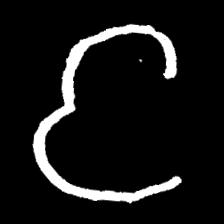
Pyu character \u2014 Myanmar letter: င (romanized: nga)